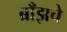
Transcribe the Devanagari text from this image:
ब्राँझचे